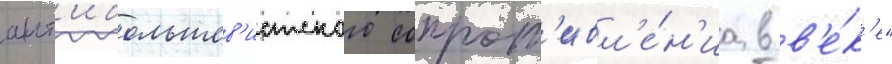
ант'ибольшев'истского сопрот'ивл'е́н'иа в в'е́к'е"